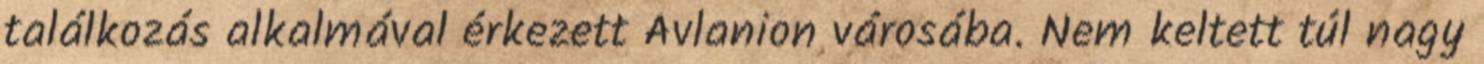
találkozás alkalmával érkezett Avlanion városába. Nem keltett túl nagy